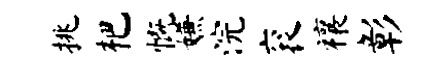
挑杷慨嫌浣衮禳彰